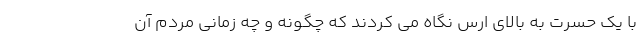
با یک حسرت به بالای ارس نگاه می کردند که چگونه و چه زمانی مردم آن